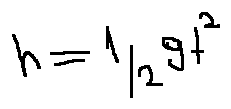
h = \frac { 1 } { 2 } g t ^ { 2 }